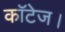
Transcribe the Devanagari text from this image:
कॉटेज।